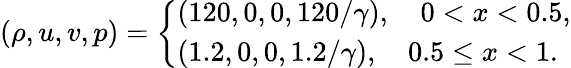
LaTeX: \begin{array}{r}{\left({\rho,u,v,p}\right)=\left\{ \begin{array}{l}{\left({120,0,0,120/\gamma}\right),\quad 0<x<0.5,}\\ {\left({1.2,0,0,1.2/\gamma}\right),\quad 0.5\le x<1.}\end{array}\right.}\end{array}